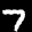
Label: 7